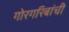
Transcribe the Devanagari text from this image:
गोरगरिबांची